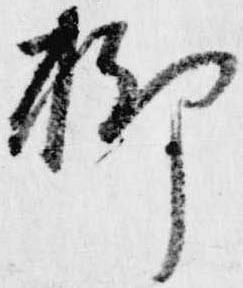
聊